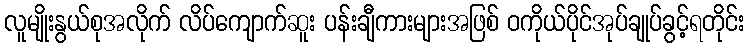
လူမျိုးနွယ်စုအလိုက် လိပ်ကျောက်ဆူး ပန်းချီကားများအဖြစ် ဝကိုယ်ပိုင်အုပ်ချုပ်ခွင့်ရတိုင်း